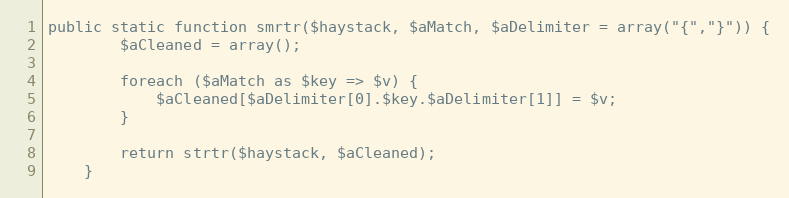
Language: PHP
public static function smrtr($haystack, $aMatch, $aDelimiter = array("{","}")) {
        $aCleaned = array();

        foreach ($aMatch as $key => $v) {
            $aCleaned[$aDelimiter[0].$key.$aDelimiter[1]] = $v;
        }

        return strtr($haystack, $aCleaned);
    }